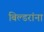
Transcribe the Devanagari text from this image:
बिल्डरांना